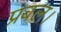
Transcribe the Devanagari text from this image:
प्रबल।